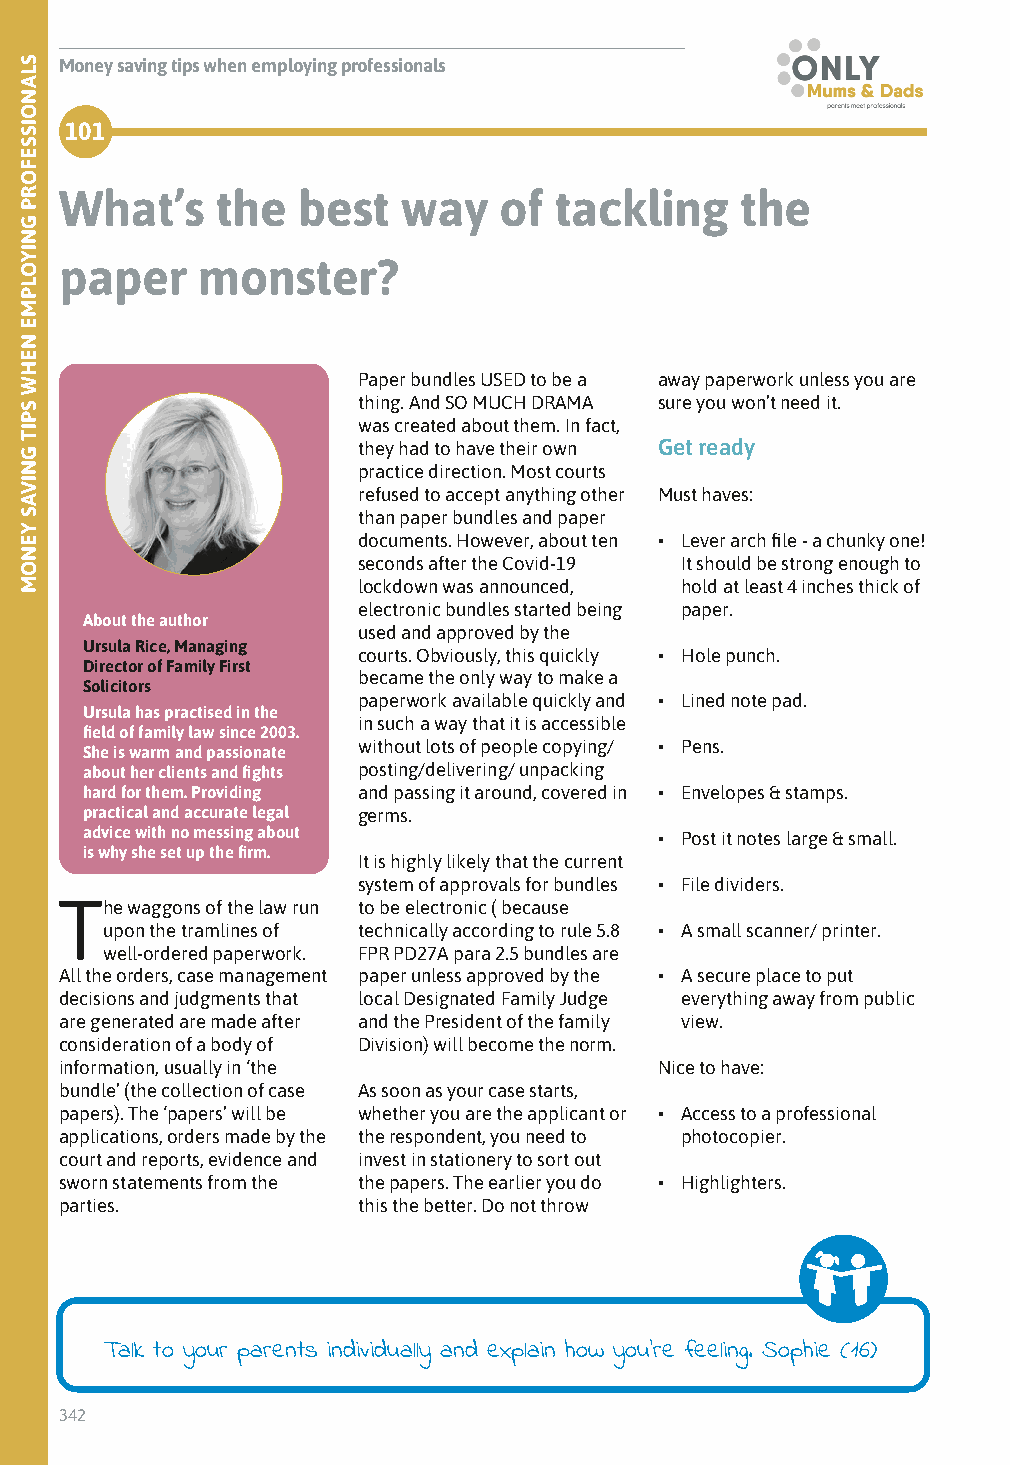
Money saving tips when employing professionals
 101
 What’s    the   best   way   of  tackling    the
 paper    monster?
 Paper bundles USED to be a away paperwork unless you are
 thing. And SO MUCH DRAMA sure you won’t need it.
 was created about them. In fact,
 they had to have their own Get ready
 practice direction. Most courts
 refused to accept anything other Must haves:
 than paper bundles and paper
 documents. However, about ten • Lever arch file - a chunky one!
 seconds after the Covid-19 It should be strong enough to
 lockdown was announced, hold at least 4 inches thick of
 electronic bundles started being paper.
 About the author
 used and approved by the
 Ursula Rice, Managing
 courts. Obviously, this quickly • Hole punch.
 Director of Family First
 became the only way to make a
 Solicitors
 paperwork available quickly and • Lined note pad.
 Ursula has practised in the
 in such a way that it is accessible
 field of family law since 2003.
 without lots of people copying/ • Pens.
 She is warm and passionate
 about her clients and fights posting/delivering/ unpacking
 hard for them. Providing and passing it around, covered in • Envelopes & stamps.
 practical and accurate legal germs.
 advice with no messing about           • Post it notes large & small.
 is why she set up the firm.
 It is highly likely that the current
 system of approvals for bundles • File dividers.
 The waggons of the law run to be electronic ( because
 upon the tramlines of technically according to rule 5.8 • A small scanner/ printer.
 well-ordered paperwork. FPR PD27A para 2.5 bundles are
 All the orders, case management paper unless approved by the • A secure place to put
 decisions and judgments that local Designated Family Judge everything away from public
 are generated are made after and the President of the family view.
 consideration of a body of Division) will become the norm.
 information, usually in ‘the            Nice to have:
 bundle’ (the collection of case As soon as your case starts,
 papers). The ‘papers’ will be whether you are the applicant or • Access to a professional
 applications, orders made by the the respondent, you need to photocopier.
 court and reports, evidence and invest in stationery to sort out
 sworn statements from the the papers. The earlier you do • Highlighters.
 parties.            this the better. Do not throw
 Talk to your parents individually and explain how you’re feeling. Sophie (16)
 342
 SLANOISSEFORP
 GNIYOLPME
 NEHW
 SPIT
 GNIVAS
 YENOM